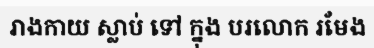
រាងកាយ ស្លាប់ ទៅ ក្នុង បរលោក រមែង